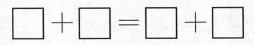
$$\square+\square=\square+\square$$